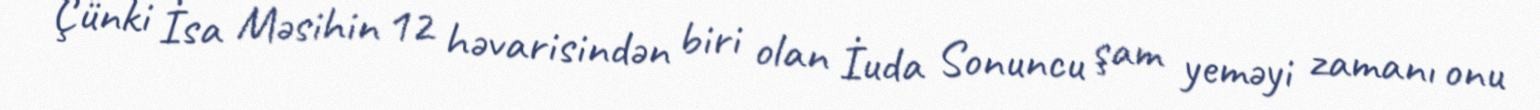
Çünki İsa Məsihin 12 həvarisindən biri olan İuda Sonuncu şam yeməyi zamanı onu